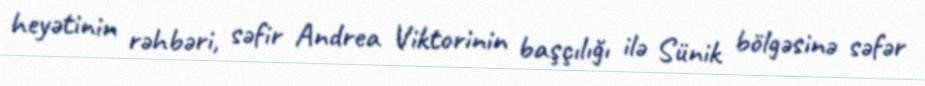
heyətinin rəhbəri, səfir Andrea Viktorinin başçılığı ilə Sünik bölgəsinə səfər